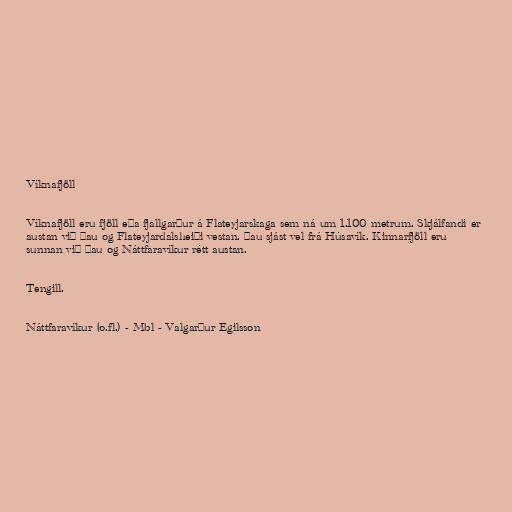
Víknafjöll

Víknafjöll eru fjöll eða fjallgarður á Flateyjarskaga sem ná um 1.100 metrum. Skjálfandi er
austan við þau og Flateyjardalsheiði vestan. Þau sjást vel frá Húsavík. Kinnarfjöll eru
sunnan við þau og Náttfaravíkur rétt austan.

Tengill.

Náttfaravíkur (o.fl.) - Mbl - Valgarður Egilsson